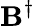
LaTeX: \mathbf{B}^{\dagger}